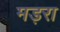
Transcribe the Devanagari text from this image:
मड़रा